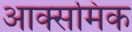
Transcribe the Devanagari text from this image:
आक्समिक